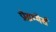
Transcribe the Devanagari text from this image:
प्रोग्रम्मेर्स